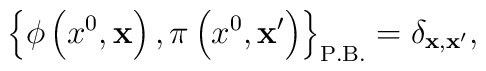
\left\{\phi\left(x^0,{\bf x}\right),\pi\left(x^0,{\bf x'}\right)\right\}_{\rm P.B.}=\delta_{{\bf x},{\bf x'}},